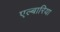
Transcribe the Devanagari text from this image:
एल्बारिया